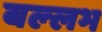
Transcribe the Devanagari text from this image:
बल्‍लभ